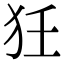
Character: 狅